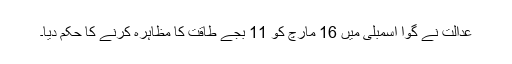
عدالت نے گوا اسمبلی میں 16 مارچ کو 11 بجے طاقت کا مظاہرہ کرنے کا حکم دیا۔